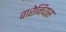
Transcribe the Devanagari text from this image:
वारेनियस